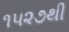
૧૫૨૭થી